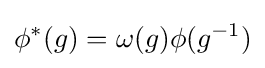
\phi ^{*}(g)=\omega (g)\phi (g^{-1})